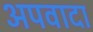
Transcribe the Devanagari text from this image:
अपवादा